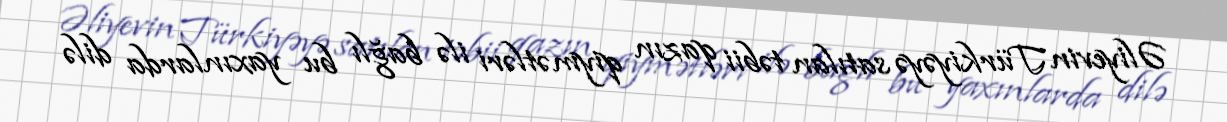
Əliyevin Türkiyəyə satılan təbii qazın qiymətləri ilə bağlı bu yaxınlarda dilə